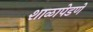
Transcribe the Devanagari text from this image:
शाळापेडणे